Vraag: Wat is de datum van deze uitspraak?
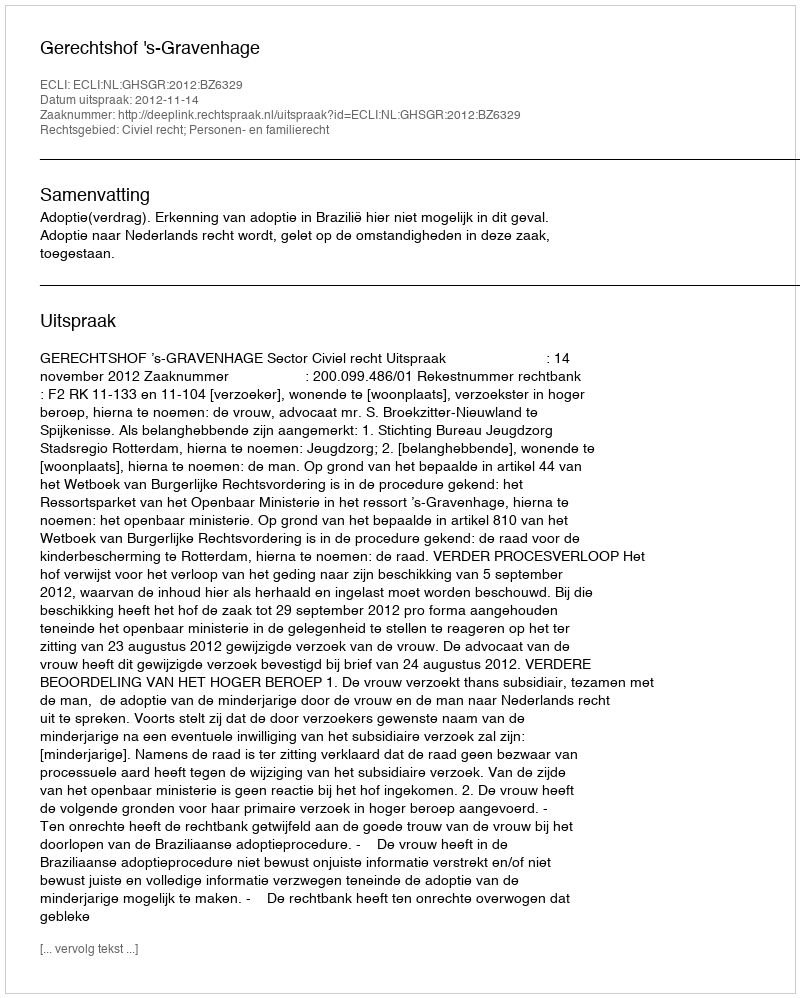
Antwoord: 2012-11-14